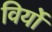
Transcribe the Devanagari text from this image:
विर्यो